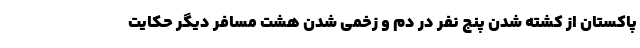
پاکستان از کشته شدن پنج نفر در دم و زخمی شدن هشت مسافر دیگر حکایت